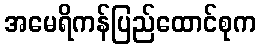
အမေရိကန်ပြည်ထောင်စုက